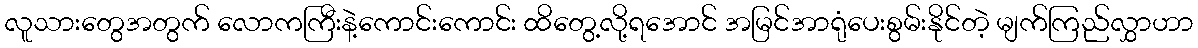
လူသားတွေအတွက် လောကကြီးနဲ့ကောင်းကောင်း ထိတွေ့လို့ရအောင် အမြင်အာရုံပေးစွမ်းနိုင်တဲ့ မျက်ကြည်လွှာဟာ